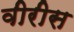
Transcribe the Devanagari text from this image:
वीरीस